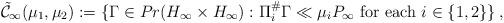
LaTeX: \begin{align*} \tilde{\mathcal{C}}_{\infty}(\mu_{1}, \mu_{2}) := \{ \Gamma \in Pr (H_{\infty} \times H_{\infty}): \Pi_{i}^\# \Gamma \ll \mu_{i} P_{\infty} \textrm{ for each } i \in \{1, 2\} \}\,,\end{align*}